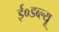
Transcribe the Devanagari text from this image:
ई०डब्ल्यू